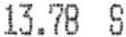
13.78 S